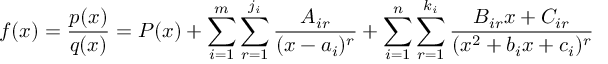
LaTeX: f ( x ) = { \frac { p ( x ) } { q ( x ) } } = P ( x ) + \sum _ { i = 1 } ^ { m } \sum _ { r = 1 } ^ { j _ { i } } { \frac { A _ { i r } } { ( x - a _ { i } ) ^ { r } } } + \sum _ { i = 1 } ^ { n } \sum _ { r = 1 } ^ { k _ { i } } { \frac { B _ { i r } x + C _ { i r } } { ( x ^ { 2 } + b _ { i } x + c _ { i } ) ^ { r } } }